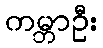
ကမ္ဘာဦး